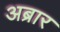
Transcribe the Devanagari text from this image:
अब्रार